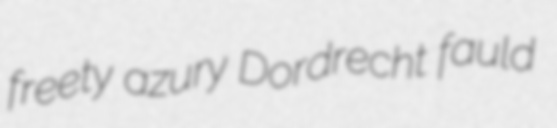
freety azury Dordrecht fauld